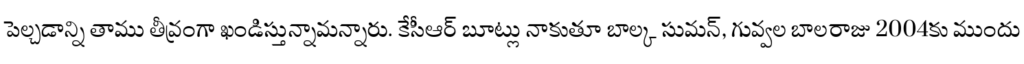
పెల్చడాన్ని తాము తీవ్రంగా ఖండిస్తున్నామన్నారు. కేసీఆర్ బూట్లు నాకుతూ బాల్క సుమన్, గువ్వల బాలరాజు 2004కు ముందు